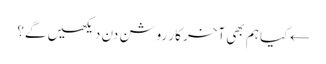
← کیا ہم بھی آخر کار روشن دن دیکھیں گے؟